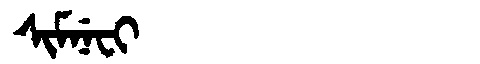
Manchu: ᠰᡳᠮᠨᡝᠸᡳ
Romanization: SIMNEFI